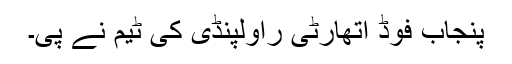
پنجاب فوڈ اتھارٹی راولپنڈی کی ٹیم نے پی۔